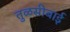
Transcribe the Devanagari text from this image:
तुळसीबाई